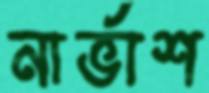
নার্ভাশ